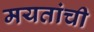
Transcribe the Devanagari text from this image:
मयतांची